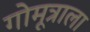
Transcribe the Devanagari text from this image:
गोमूत्राला